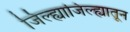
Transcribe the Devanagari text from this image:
जिल्ह्याजिल्ह्यातून